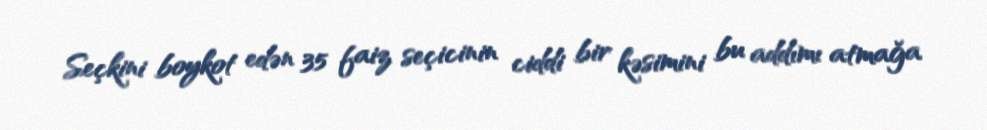
Seçkini boykot edən 35 faiz seçicinin ciddi bir kəsimini bu addımı atmağa